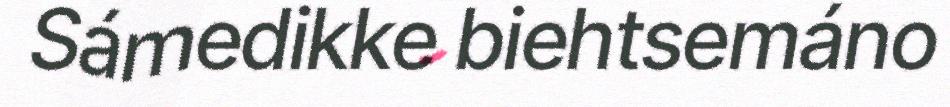
Sámedikke biehtsemáno